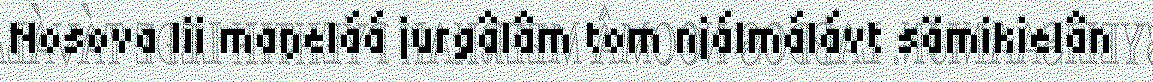
Nosova lii maŋeláá jurgâlâm tom njálmálávt sämikielân